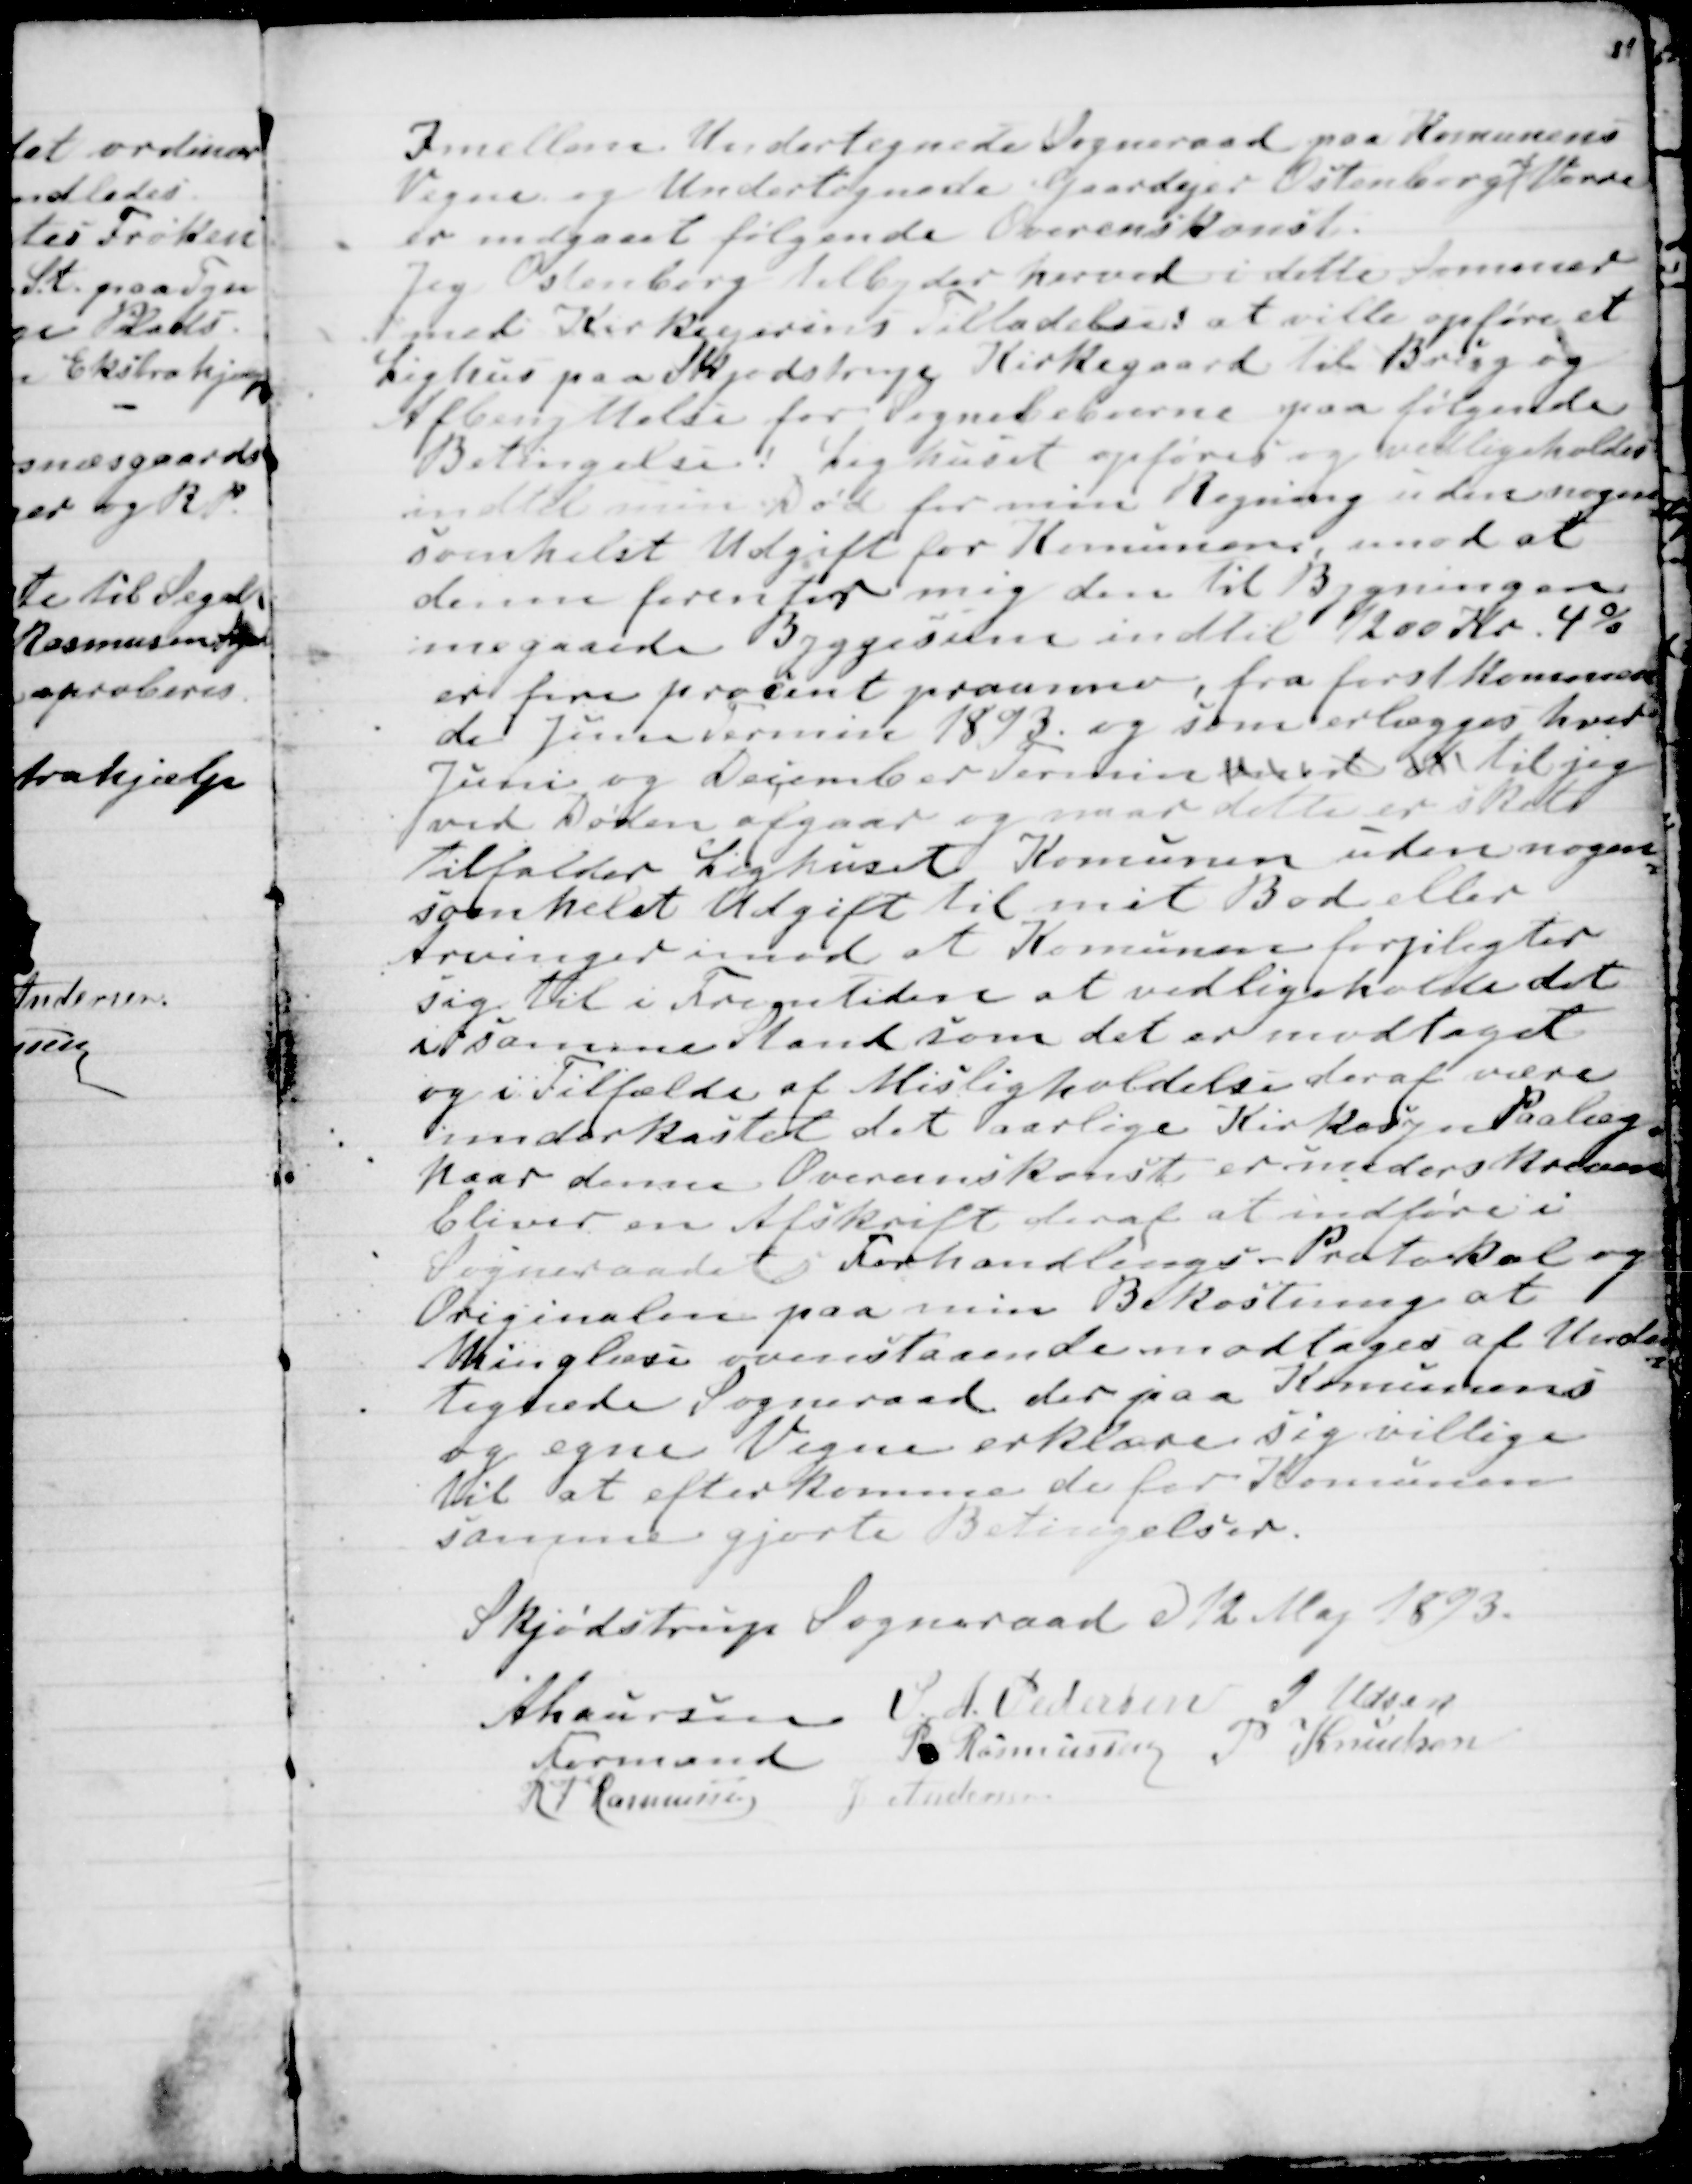
Transskription:
Imellem Undertegnede Sogneraad paa Komunens
Vegne og Undertegnede Gaardejer Ostenborg 
af
Vorre
er indgaaet følgende Overenskomst.
Jeg Ostenborg tilbyder herved i dette Sommer
med Kirkeejerens Tilladelse at ville opføre et
Lighus paa Skjødstrup Kirkegaard til Brug og
Afbenyttelse for Sognebeboerne paa følgende
Betingelser Lighuset opføres og vedligeholdes
indtil min Død for min Regning uden nogen
somhelst Udgift for Komunen, imod at
denne  forenter mig den til Bygningen
megaaende Byggesum indtil 1200 Kr. 4%
er fire procent proanno, fra først Kommen
=
de Juni Termin 1893. og som erlægges hver
Juni og December Termin med d til jeg
ved Døden afgaar og naar dette er sket
tilfalder Lighuset Komunen uden nogen
=
somhelst Udgift til mit Bod eller
Arvinger imod at Komunen forpligter
sig til i Fremtiden at vedligeholde det
i samme Stand som det er modtaget
og i Tilfælde af Misligholdelse deraf være
underkastet det aarlige Kirkesyn Paalæg
=
Naar denne Overenskomst er underskreven
bliver en Afskrift deraf at indføre i
Sogneraadets Forhandlings-Protokol og
Originalen paa min Bekostning at
thinglæse ovenstaaende modtages af Under
=
tegnede Sogneraad der paa Komunens
og egne Vegne erklære sig villige
til at efterkomme de for Komunen
samme gjorte Betingelser.
Skjødstrup Sogneraad d 12 Maj 1893.
A Laursen
Formand
S. A. Pedersen
J Udsen
P. Rasmussen
P Knudsen
R P Rasmussen
J Andersen